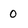
Character: O